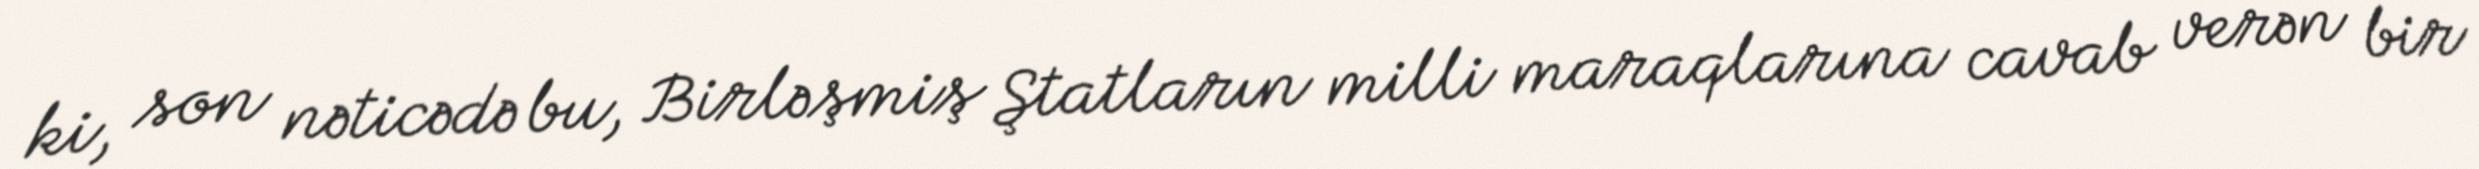
ki, son nəticədə bu, Birləşmiş Ştatların milli maraqlarına cavab verən bir